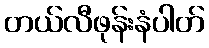
တယ်လီဖုန်းနံပါတ်